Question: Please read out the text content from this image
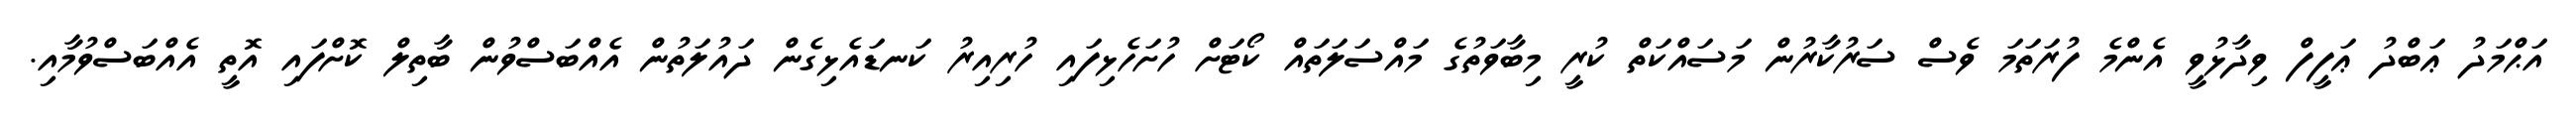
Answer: އަޙްމަދު ޢަބްދު ޢަފީފް ވިދާޅުވީ އެންމެ ފުރަތަމަ ވެސް ސަރުކާރުން މަސައްކަތް ކުރީ މިބާވަތުގެ މައްސަލަތައް ކޯޓަށް ހުށަހެޅިފައި ހުރިއިރު ކަނޑައެޅިގެން ދައުލަތުން އެއްބަސްވުން ބާތިލް ކޮށްފައި އޮތީ އެއްބަސްވުމާއި.